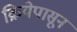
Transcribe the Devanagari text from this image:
क्रियेपासून